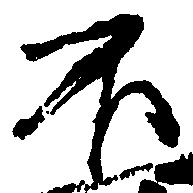
不